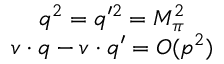
\begin{array} { c } { { q ^ { 2 } = q ^ { \prime 2 } = M _ { \pi } ^ { 2 } } } \\ { { v \cdot q - v \cdot q ^ { \prime } = { \cal O } ( p ^ { 2 } ) } } \end{array}